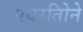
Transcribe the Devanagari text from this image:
पयरतिोने